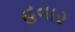
હવાર